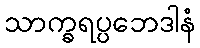
သာက္ခရပ္ပဘေဒါနံ